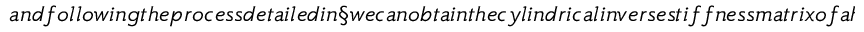
a n d f o l l o w i n g t h e p r o c e s s d e t a i l e d i n \S w e c a n o b t a i n t h e c y l i n d r i c a l i n v e r s e s t i f f n e s s m a t r i x o f a h e l i c a l l y o r t h o t r o p i c m a t e r i a l i n t e r m s o f